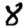
Digit: 8